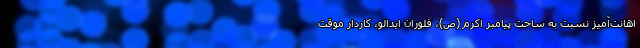
اهانت‌آمیز نسبت به ساحت پیامبر اکرم (ص)، فلوران ایدالو، کاردار موقت